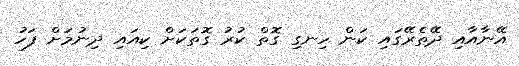
އޭނާއާއި ދޭތެރޭގައި ކަން ހިނގި ގޮތް ކުރު ގޮތަކަށް ކިއައި ދިނުމަށް ފަހު